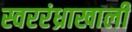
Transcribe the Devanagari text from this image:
स्वररंध्राखाली